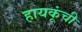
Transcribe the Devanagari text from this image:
हायकूंची